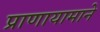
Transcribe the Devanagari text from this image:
प्राणायामाने